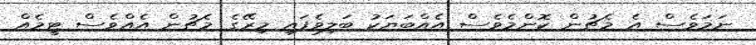
ނަމަވެސް އެ މެޗުން ކޮންމެވެސް އެއްބަޔަކު ބަލިވެފައި މިރޭގެ މެޗުން އެއްވެސް ޓީމެއް